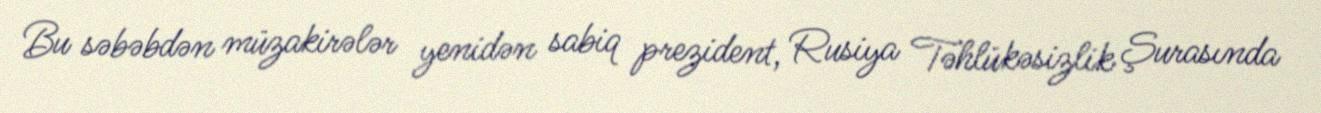
Bu səbəbdən müzakirələr yenidən sabiq prezident, Rusiya Təhlükəsizlik Şurasında